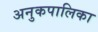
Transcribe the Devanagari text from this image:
अनुकपालिका